Vaccination in Bombay 1863-1868 - 1863-1868
Year: 1863
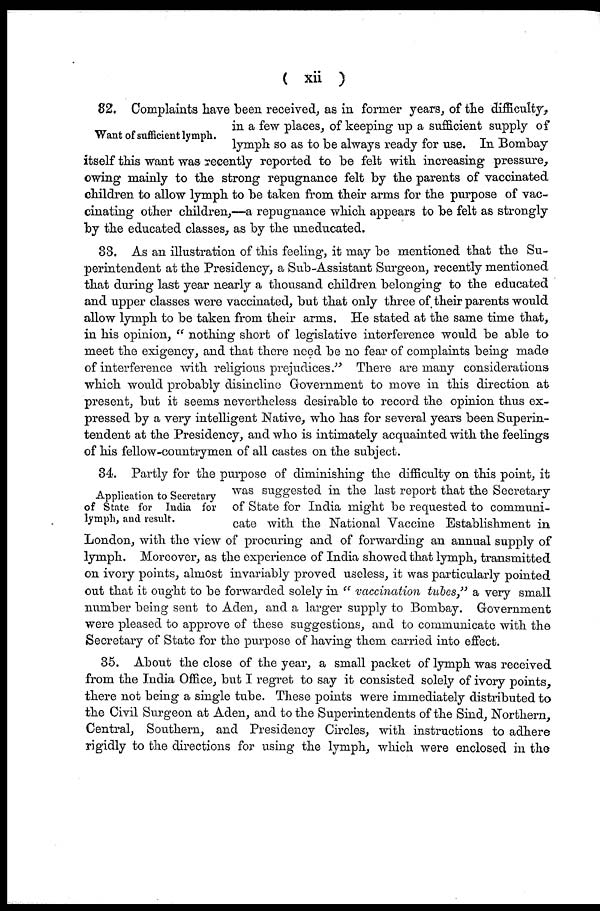
( xii )
Want of sufficient lymph,
32. Complaints have been received, as in former years, of the difficulty,
in a few places, of keeping up a sufficient supply of
lymph so as to be always ready for use. In Bombay
itself this want was recently reported to be felt with increasing pressure,
owing mainly to the strong repugnance felt by the parents of vaccinated
children to allow lymph to be taken from their arms for the purpose of vac-
cinating other children,—a repugnance which appears to be felt as strongly
by the educated classes, as by the uneducated.
33. As an illustration of this feeling, it may be mentioned that the Su-
perintendent at the Presidency, a Sub-Assistant Surgeon, recently mentioned
that during last year nearly a thousand children belonging to the educated
and upper classes were vaccinated, but that only three of their parents would
allow lymph to be taken from their arms. He stated at the same time that,
in his opinion, " nothing short of legislative interference would be able to
meet the exigency, and that there need be no fear of complaints being made
of interference with religious prejudices." There are many considerations
which would probably disincline Government to move in this direction at
present, but it seems nevertheless desirable to record the opinion thus ex-
pressed by a very intelligent Native, who has for several years been Superin-
tendent at the Presidency, and who is intimately acquainted with the feelings
of his fellow-countrymen of all castes on the subject.
Application to Secretary
of State for India for
lymph, and result.
34. Partly for the purpose of diminishing the difficulty on this point, it
was suggested in the last report that the Secretary
of State for India might be requested to communi-
cate with the National Vaccine Establishment in
London, with the view of procuring and of forwarding an annual supply of
lymph. Moreover, as the experience of India showed that lymph, transmitted
on ivory points, almost invariably proved useless, it was particularly pointed
out that it ought to be forwarded solely in " vaccination tubes," a very small
number being sent to Aden, and a larger supply to Bombay. Government
were pleased to approve of these suggestions, and to communicate with the
Secretary of State for the purpose of having them carried into effect.
35. About the close of the year, a small packet of lymph was received
from the India Office, but I regret to say it consisted solely of ivory points,
there not being a single tube. These points were immediately distributed to
the Civil Surgeon at Aden, and to the Superintendents of the Sind, Northern,
Central, Southern, and Presidency Circles, with instructions to adhere
rigidly to the directions for using the lymph, which were enclosed in the